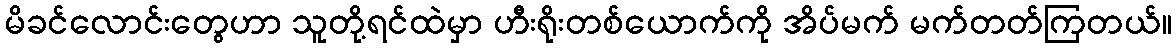
မိခင်လောင်းတွေဟာ သူတို့ရင်ထဲမှာ ဟီးရိုးတစ်ယောက်ကို အိပ်မက် မက်တတ်ကြတယ်။